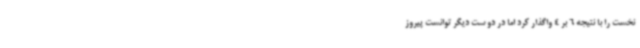
نخست را با نتیجه 6 بر 4 واگذار کرد اما در دو ست دیگر توانست پیروز